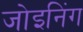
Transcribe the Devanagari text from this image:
जोइनिंग